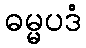
ဓမ္မပဒံ